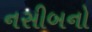
નસીબનો